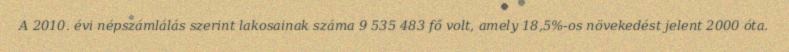
A 2010. évi népszámlálás szerint lakosainak száma 9 535 483 fő volt, amely 18,5%-os növekedést jelent 2000 óta.